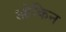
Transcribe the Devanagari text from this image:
ओकिन